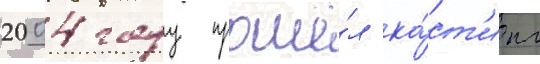
2004 году прошё́л ка́ст'инг